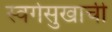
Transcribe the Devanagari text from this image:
स्वर्गसुखाची